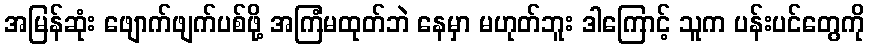
အမြန်ဆုံး ဖျောက်ဖျက်ပစ်ဖို့ အကြံမထုတ်ဘဲ နေမှာ မဟုတ်ဘူး ဒါကြောင့် သူက ပန်းပင်တွေကို